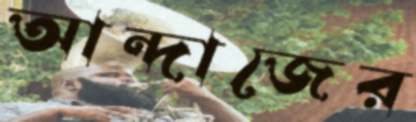
আন্দাজের